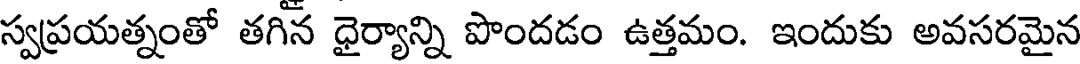
స్వప్రయత్నంతో తగిన ధైర్యాన్ని పొందడం ఉత్తమం. ఇందుకు అవసరమైన